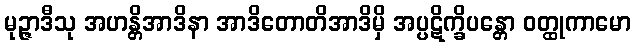
မုဉ္ဇာဒီသု အဟန္တိအာဒိနာ အာဒိတောတိအာဒိမှိ အပ္ပဋိက္ခိပန္တော ဝတ္ထုကာမော